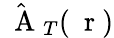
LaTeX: \hat{\mathrm{~\mathbf~A~}}_{T}(\mathrm{~\mathbf~r~})